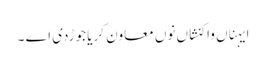
ایہناں واکنشاں نوں معاون کریا جوڑدی اے ۔